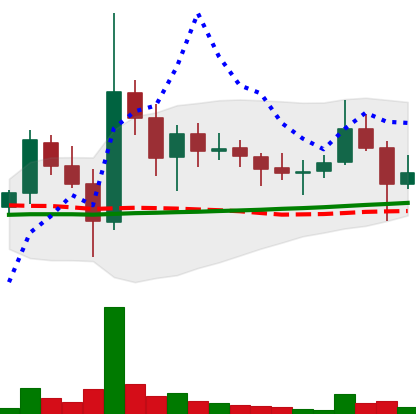
Ticker: DOGE-USD
Chart end date: 2021-11-11
Forward return: -9.158%
Label: down_7plus